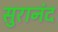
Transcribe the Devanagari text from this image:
सुरानंद